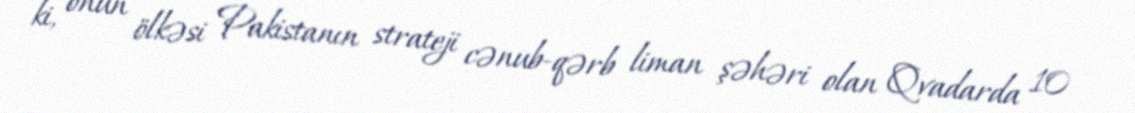
ki, onun ölkəsi Pakistanın strateji cənub-qərb liman şəhəri olan Qvadarda 10